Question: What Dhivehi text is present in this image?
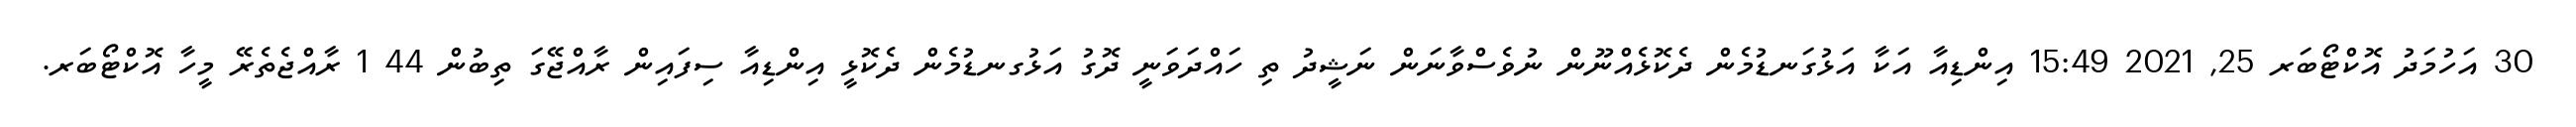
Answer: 30 އަހުމަދު އޮކްޓޯބަރ 25, 2021 15:49 އިންޑިއާ އަކާ އަޅުގަނޑުމެން ދެކޮޅެއްނޫން ނުވެސްވާނަން ނަޝީދު ތި ހައްދަވަނީ ދޮގު އަޅުގނޑުމެން ދެކޮޅީ އިންޑިއާ ސިފައިން ރާއްޖޭގަ ތިބުން 44 1 ރާއްޖެތެރޭ މީހާ އޮކްޓޯބަރ.